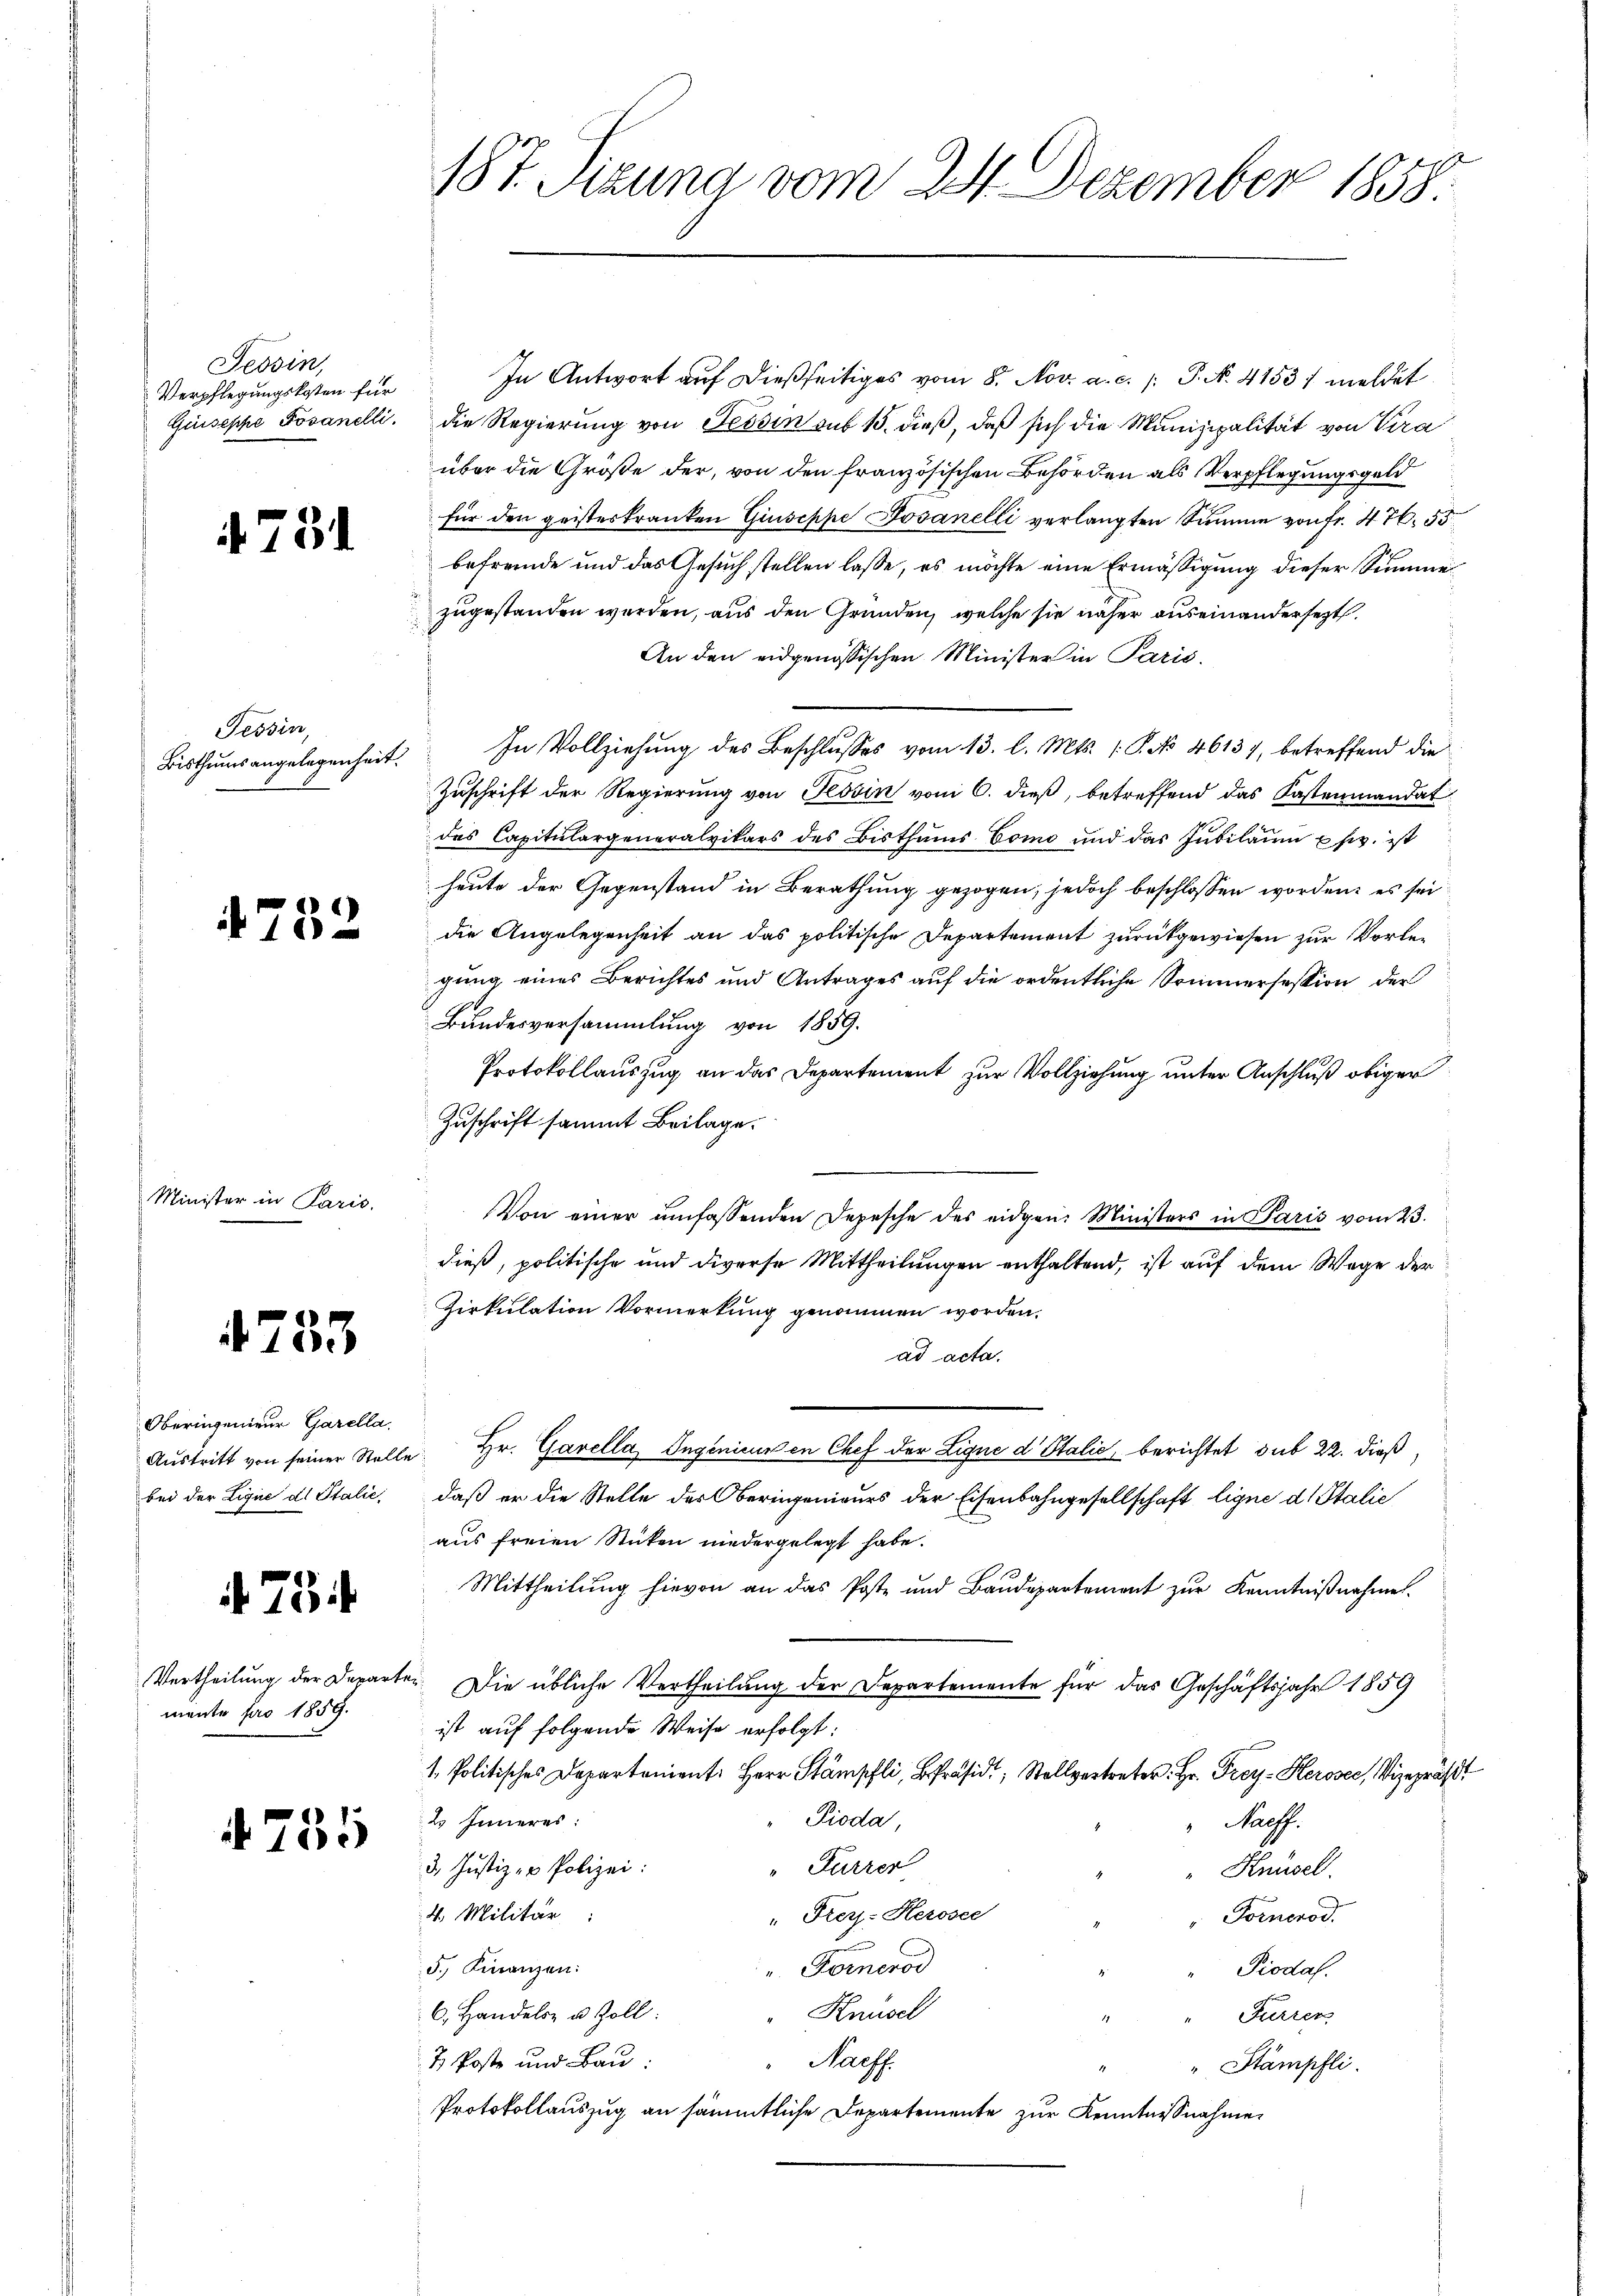
Tessin,
Verpflegungskosten für

t 731

Tessin,
Bisthums angelegenheit.

4752

Minister in Paris,

4733

Oberingenieur Garella.
bei der Lique de Stalie

73

mente pro 1859.

4755

187. Sizung vom 24. Dezember 1858.

In Antwort auf dießseitiges vom 8. Nov. a. c. /: P. N. 4153/ meldet
Giusephe Jovanelli. Die Regierŭng von Tessin sub 15. dieβ, daß sich die Munizipalität von Pira
über die Größe der, von den französischen Behörden als Verpflegungsgeld
für den geisteskranken Giuseppe Jovanelli verlangten Summe von Fr. 476. 55
befremde und das Gesuch stellen lasse, es möchte eine Ermäßigung dieser Summe
zugestanden werden, aus den Gründen, welche sie näher auseinandersezt.
An den eidgenössischen Minister in Paris.
In Vollziehung des Beschlusses vom 13. l. Mts. 1. P. No 46137, betreffend die
Zuschrift der Regierung von Tessin vom 6. dieß, betreffend das Kastenmandat
das Capitulargeneralvikars des Bisthŭms Como und das Jubilaŭm usw. ist
heute der Gegenstand in Berathung gezogen, jedoch beschlossen worden, es sei
die Angelegenheit an das politische Departement zurückgewiesen zur Vorlegung eines Berichtes und Antrages auf die ordentliche Sommersession der
Bundesversammlung von 1859.
Protokollauszug an das Departement zur Vollziehung unter Anschluß obiger
Zuschrift sammt Beilage.
Von einer umfassenden Depesche des eidgen. Ministers in Paris vom 23.
dieß, politische und diverse Mittheilungen enthaltend, ist auf dem Wege der
Zirkulation Vormerkung genommen worden.
ad acta.
Aŭstritt von seiner Stelle Hr. Garella, Ingenieuren Chef der Ligne d Stalić, berichtet sub 22. dieß
daß er die Stelle des Oberingenieurs der Eisenbahngesellschaft ligne d. Stalie
aus freien Stücken niedergelegt habe.
Mittheilung hievon an das Poste und Baudepartement zŭr Kenntniβnahmen.
Vertheilung der Departe. Die übliche Vertheilung der Departemente für das Geschäftsjahr 1859
ist auf folgende Weise erfolgt:
1. Politisches Departonient. Herr Stämpfli, Präsid. Stelletter. Hr. Frey Herose, Vizepräst
" Pioda,
2 Inneres:
Naeff.
Furrer
3. Justiz- u Polizei:
Knüsel.
4. Militär
" Frey-Herosee
Fornerod.
5. Finanzen:
" Fornerod
Piodaf.
" Knüsel
6. Handels- u. Zoll:
Furren
2 Poste und Bau
"Nachf
" Stämpfli
Protokollauszug an sämmtliche Departemente zur Kenntnißnahme